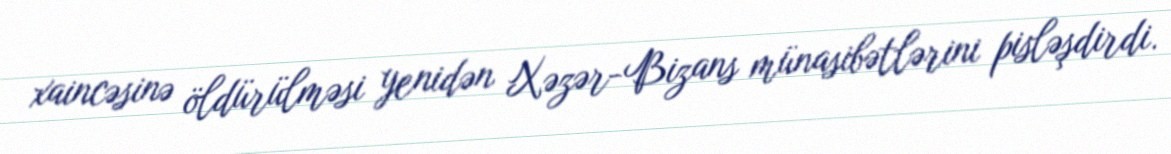
xaincəsinə öldürülməsi yenidən Xəzər-Bizans münasibətlərini pisləşdirdi.